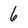
Character: 6